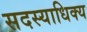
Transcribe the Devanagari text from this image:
सदस्याधिक्य